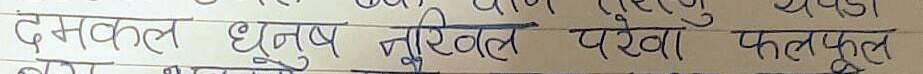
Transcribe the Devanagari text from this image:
दमकल धनुष नारियल परेवा फलफूल